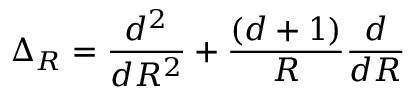
\Delta _ { R } = \frac { d ^ { 2 } } { d R ^ { 2 } } + \frac { ( d + 1 ) } { R } \frac { d } { d R }